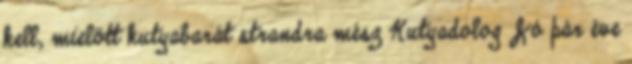
kell, mielőtt kutyabarát strandra mész Kutyadolog Jó pár éve